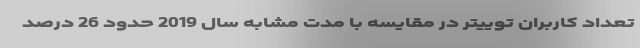
تعداد کاربران توییتر در مقایسه با مدت مشابه سال 2019 حدود 26 درصد